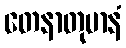
တေနာတုမာနံ